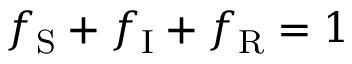
f _ { \mathrm { S } } + f _ { \mathrm { I } } + f _ { \mathrm { R } } = 1